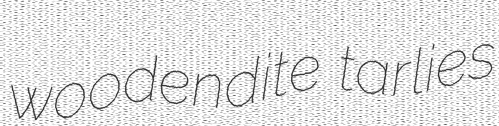
woodendite tarlies